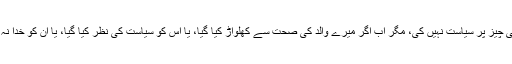
میں نے چپ رہ کر سب کچھ سہا اور مانگا تو صرف اللّہ سے، کسی چیز پر سیاست نہیں کی، مگر اب اگر میرے والد کی صحت سے کھلواڑ کیا گیا، یا اس کو سیاست کی نظر کیا گیا، یا ان کو خدا نہ خواستہ کوئی نقصان پہنچا تو اس کی ذمہ داری حکومت پر ہو گی۔